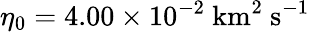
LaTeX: \eta_{0}=4.00\times 10^{-2}\ \mathrm{km^{2}\ s^{-1}}